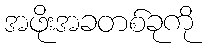
အဖိုးအခတစ်ခုကို